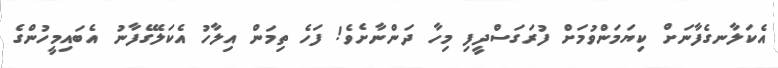
އެކަލާނގެފާނަށް ކިޔަމަންވުމަށް ފުރަގަސްދީފި މިހާ ދަންނާށެވެ! ފަހެ ތިމަން އިލާހު އެކަލޭގެފާނު އެބައިމީހުންގެ